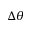
\Delta \theta